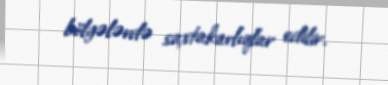
bölgələrdə saxtakarlıqlar edilir.